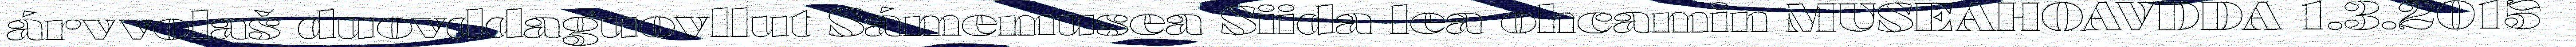
árvvolaš duovddaguovllut Sámemusea Siida lea ohcamin MUSEAHOAVDDA 1.3.2015